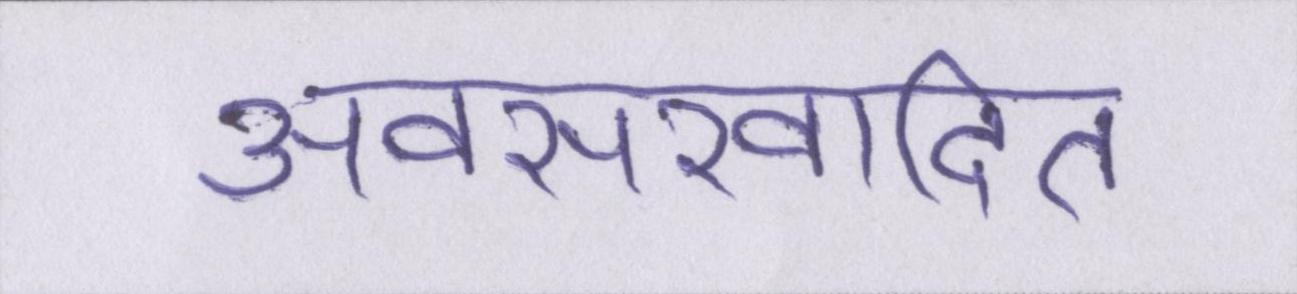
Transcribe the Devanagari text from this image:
अवसरवादित